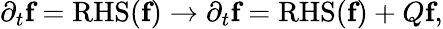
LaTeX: \partial_{t}\textbf{f}=\mathrm{RHS}(\textbf{f})\rightarrow\partial_{t}\textbf{f}=\mathrm{RHS}(\textbf{f})+Q\textbf{f},